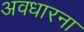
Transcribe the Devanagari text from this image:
अवधारना